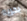
بحريه